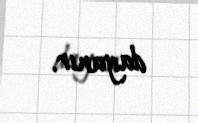
dayanır.